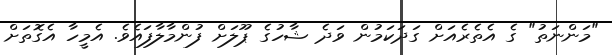
"މަންނަތު" ގެ އެތެރެއަށް ގަދަކަމުން ވަދެ ޝާހުގެ ޕޫލަށް ފުންމާލާފައެވެ. އެމީހާ އެގޮތަށް